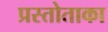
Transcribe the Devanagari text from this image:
प्रस्तोताका